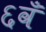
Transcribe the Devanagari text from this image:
६वँ